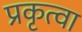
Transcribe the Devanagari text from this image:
प्रकृत्वा